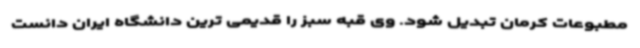
مطبوعات کرمان تبدیل شود. وی قبه سبز را قدیمی ترین دانشگاه ایران دانست